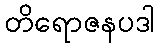
တိရောဇနပဒါ